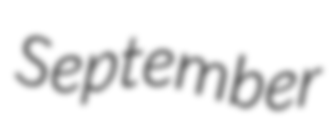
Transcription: September